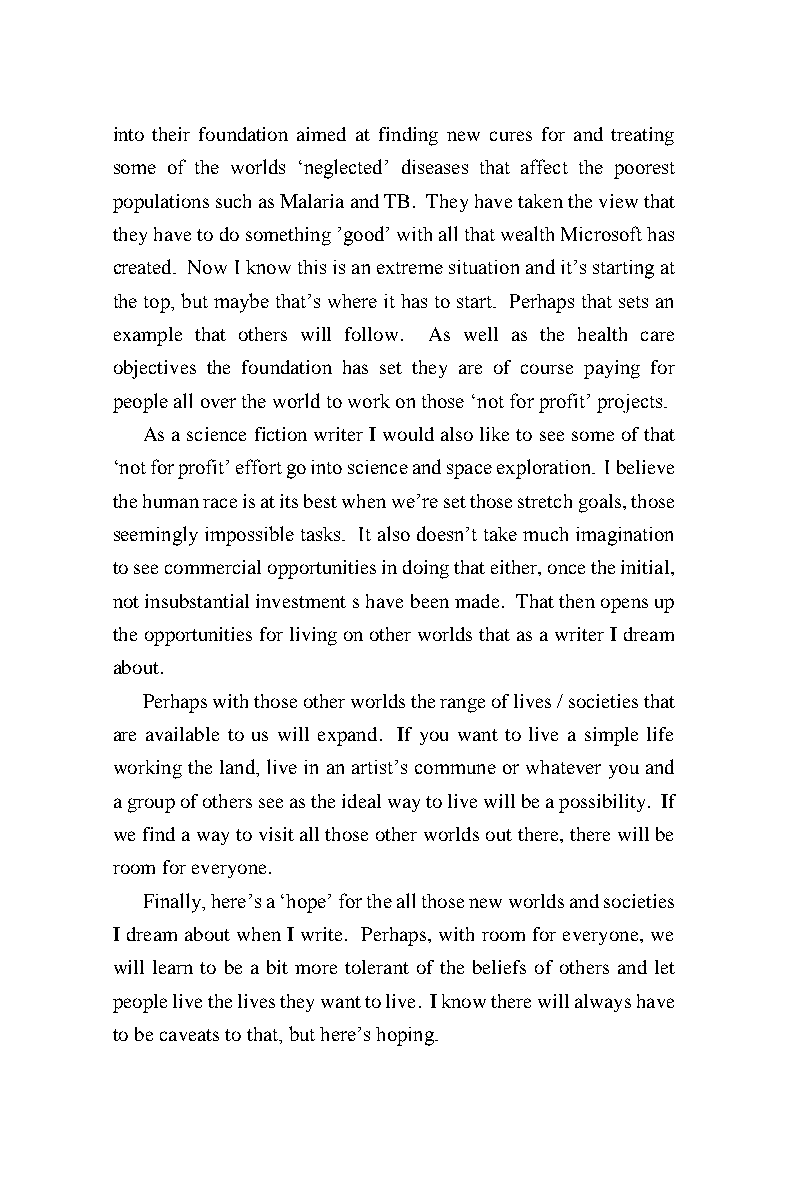
into their foundation aimed at finding new cures for and treating
 some of the worlds ‘neglected’ diseases that affect the poorest
 populations such as Malaria and TB. They have taken the view that
 they have to do something ’good’ with all that wealth Microsoft has
 created. Now I know this is an extreme situation and it’s starting at
 the top, but maybe that’s where it has to start. Perhaps that sets an
 example that others will follow. As well as the health care
 objectives the foundation has set they are of course paying for
 people all over the world to work on those ‘not for profit’ projects.
 As a science fiction writer I would also like to see some of that
 ‘not for profit’ effort go into science and space exploration. I believe
 the human race is at its best when we’re set those stretch goals, those
 seemingly impossible tasks. It also doesn’t take much imagination
 to see commercial opportunities in doing that either, once the initial,
 not insubstantial investment s have been made. That then opens up
 the opportunities for living on other worlds that as a writer I dream
 about.
 Perhaps with those other worlds the range of lives / societies that
 are available to us will expand. If you want to live a simple life
 working the land, live in an artist’s commune or whatever you and
 a group of others see as the ideal way to live will be a possibility. If
 we find a way to visit all those other worlds out there, there will be
 room for everyone.
 Finally, here’s a ‘hope’ for the all those new worlds and societies
 I dream about when I write. Perhaps, with room for everyone, we
 will learn to be a bit more tolerant of the beliefs of others and let
 people live the lives they want to live. I know there will always have
 to be caveats to that, but here’s hoping.